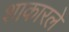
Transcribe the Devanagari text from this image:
शाकारले